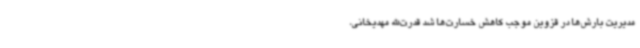
مدیریت بارش‌ها در قزوین موجب کاهش خسارت‌ها شد قدرت‌الله مهدیخانی،